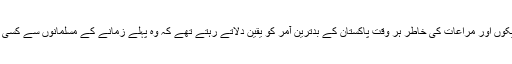
’’اسلام پسند‘‘ ٹھیکوں اور مراعات کی خاطر ہر وقت پاکستان کے بدترین آمر کو یقین دلاتے رہتے تھے کہ وہ پہلے زمانے کے مسلمانوں سے کسی صورت کم نہیں۔